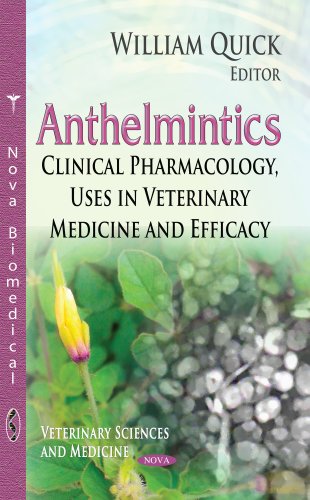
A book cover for Anthelmintics: Clinical Pharmacology, Uses in Veterinary Medicine and Efficacy (Veterinary Sciences and Medicine); Medical Books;